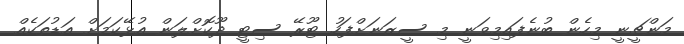
މަންޗީނީ މިހެން ބުނެފައިމިވަނީ މި ސީޒަނަށްފަހު ޓޫރޭ ސިޓީ ދޫކޮށްލަން އުޅޭކަމަށް އަޑުތަކެއް